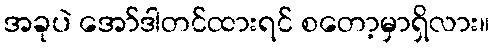
အခုပဲ အော်ဒါတင်ထားရင် စတော့မှာရှိလား။